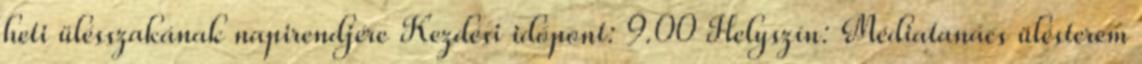
heti ülésszakának napirendjére Kezdési időpont: 9.00 Helyszín: Médiatanács ülésterem